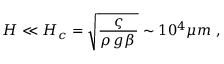
H \ll H _ { c } = \sqrt { \frac { \varsigma } { \rho \, g \beta \, } } \sim 1 0 ^ { 4 } \mu m \ , \